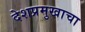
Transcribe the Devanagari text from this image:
देशप्रमुखाचा